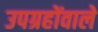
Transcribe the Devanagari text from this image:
उपग्रहोंवाले